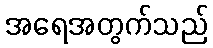
အရေအတွက်သည်